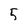
Character: 5